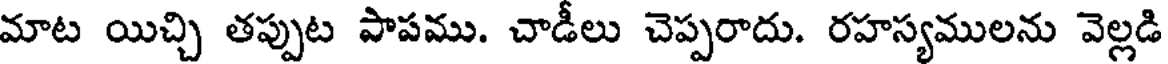
మాట యిచ్చి తప్పుట పాపము. చాడీలు చెప్పరాదు. రహస్యములను వెల్లడి